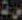
رة